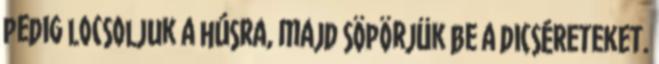
pedig locsoljuk a húsra, majd söpörjük be a dicséreteket.